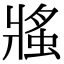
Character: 𧌜